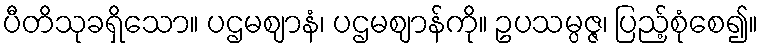
ပီတိသုခရှိသော။ ပဌမဈာနံ၊ ပဌမဈာန်ကို။ ဥပသမ္ပဇ္ဇ၊ ပြည့်စုံစေ၍။